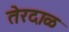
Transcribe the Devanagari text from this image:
तेरदाळ